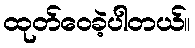
ထုတ်ဝေခဲ့ပါတယ်။